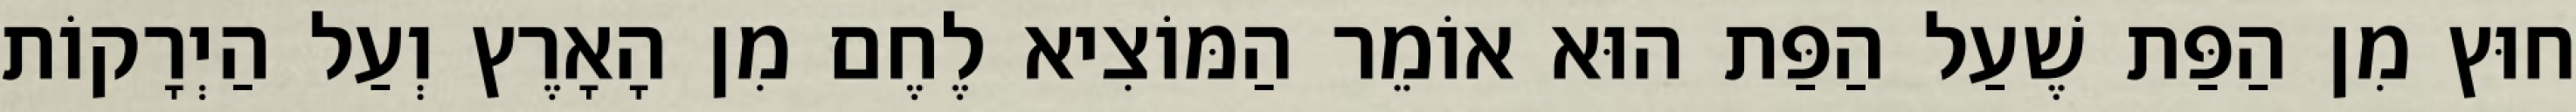
חוּץ מִן הַפַּת שֶׁעַל הַפַּת הוּא אוֹמֵר הַמּוֹצִיא לֶחֶם מִן הָאָרֶץ וְעַל הַיְרָקוֹת